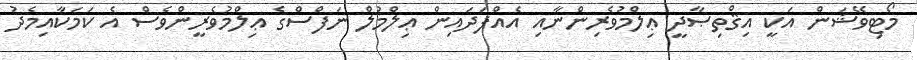
މޯޓިވޭޝަން އަކީ އިޤްތިޞާދީ ޢިލްމުވެރިންނާއި އެއްފަދައިން ޢިލްމުލް ނަފްސްގެ ޢިލްމުވެރީންވެސް އެ ކަމަކާއިމެދު